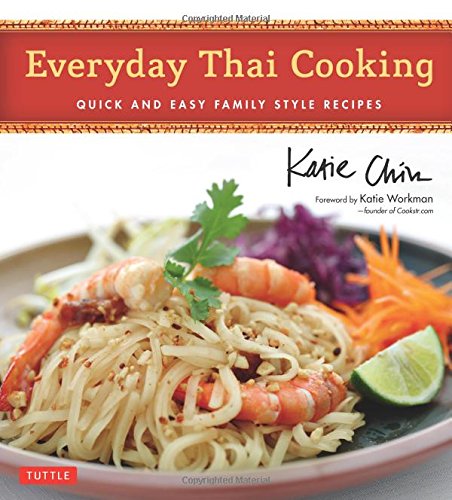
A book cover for Everyday Thai Cooking: Quick and Easy Family Style Recipes [Thai Cookbook, 100 Recipes]; Katie Chin; Cookbooks, Food & Wine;